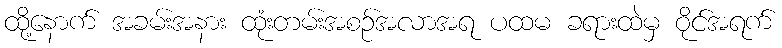
ထို့နောက် အခမ်းအနား ထုံးတမ်းအစဉ်အလာအရ ပထမ ခရားထဲမှ ဝိုင်အရက်